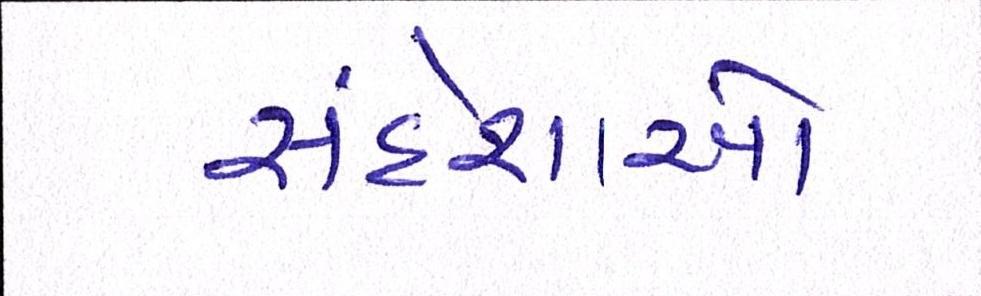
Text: સંદેશાઓ